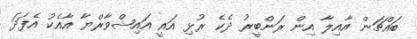
ބައްޗަން އާއިލާ އިން ރަންބީރު ދެކެ ރުޅި އައީ އައިޝްވާރްޔާ އާއެކު އެފަދަ